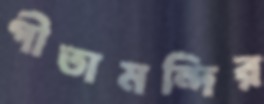
গীতামন্দির